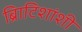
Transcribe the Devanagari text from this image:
ब्रिाटिशांशी